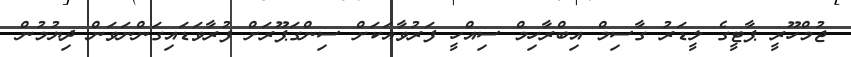
ޖުމްހޫރީ ޕާޓީގެ ލީޑަރު ގާސިމް އިބްރާހިމް ސިއްހީ ފަރުވާއަކަށް ސިންގަޕޫރަށް ފުރާވަޑައިގަންނަވަން ދިޔުމުން